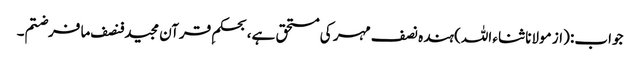
جواب: (از مولانا ثناء اللہ) ہندہ نصف مہر کی مستحق ہے، بحکمِ قرآن مجید فنصف ما فرضتم۔